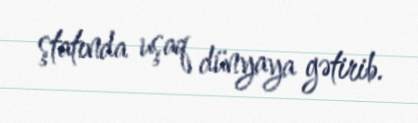
ştatında uşaq dünyaya gətirib.